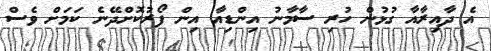
އެ ދާއިރާއާ ގުޅުން ހުރި ސާމާނު އިންޑިއާ އިން ފޯރުކޮށްދޭނެ ކަމަށް ވެސް